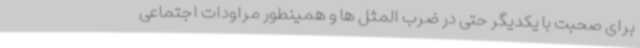
برای صحبت با یکدیگر حتی در ضرب المثل ها و همینطور مراودات اجتماعی